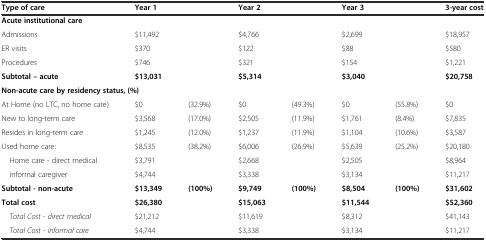
<table><thead><tr><td><b>Type of care</b></td><td><b>Year 1</b></td><td></td><td><b>Year 2</b></td><td></td><td><b>Year 3</b></td><td></td><td><b>3-year cost</b></td></tr></thead><tbody><tr><td><b>Acute institutional care</b></td><td></td><td></td><td></td><td></td><td></td><td></td><td></td></tr><tr><td>Admissions</td><td>$11,492</td><td></td><td>$4,766</td><td></td><td>$2,699</td><td></td><td>$18,957</td></tr><tr><td>ER visits</td><td>$370</td><td></td><td>$122</td><td></td><td>$88</td><td></td><td>$580</td></tr><tr><td>Procedures</td><td>$746</td><td></td><td>$321</td><td></td><td>$154</td><td></td><td>$1,221</td></tr><tr><td><b>Subtotal – acute</b></td><td><b>$13,031</b></td><td></td><td><b>$5,314</b></td><td></td><td><b>$3,040</b></td><td></td><td><b>$20,758</b></td></tr><tr><td colspan="8"><b>Non-acute care by residency status, (%)</b></td></tr><tr><td>At Home (no LTC, no home care)</td><td>$0</td><td>(32.9%)</td><td>$0</td><td>(49.3%)</td><td>$0</td><td>(55.8%)</td><td>$0</td></tr><tr><td>New to long-term care</td><td>$3,568</td><td>(17.0%)</td><td>$2,505</td><td>(11.9%)</td><td>$1,761</td><td>(8.4%)</td><td>$7,835</td></tr><tr><td>Resides in long-term care</td><td>$1,245</td><td>(12.0%)</td><td>$1,237</td><td>(11.9%)</td><td>$1,104</td><td>(10.6%)</td><td>$3,587</td></tr><tr><td>Used home care:</td><td>$8,535</td><td>(38.2%)</td><td>$6,006</td><td>(26.9%)</td><td>$5,639</td><td>(25.2%)</td><td>$20,180</td></tr><tr><td> Home care - direct medical</td><td>$3,791</td><td></td><td>$2,668</td><td></td><td>$2,505</td><td></td><td>$8,964</td></tr><tr><td> informal caregiver</td><td>$4,744</td><td></td><td>$3,338</td><td></td><td>$3,134</td><td></td><td>$11,217</td></tr><tr><td><b>Subtotal - non-acute</b></td><td><b>$13,349</b></td><td><b>(100%)</b></td><td><b>$9,749</b></td><td><b>(100%)</b></td><td><b>$8,504</b></td><td><b>(100%)</b></td><td><b>$31,602</b></td></tr><tr><td><b>Total cost</b></td><td><b>$26,380</b></td><td></td><td><b>$15,063</b></td><td></td><td><b>$11,544</b></td><td></td><td><b>$52,360</b></td></tr><tr><td> <i>Total Cost - direct medical</i></td><td>$21,212</td><td></td><td>$11,619</td><td></td><td>$8,312</td><td></td><td>$41,143</td></tr><tr><td> <i>Total Cost - informal care</i></td><td>$4,744</td><td></td><td>$3,338</td><td></td><td>$3,134</td><td></td><td>$11,217</td></tr></tbody></table>